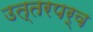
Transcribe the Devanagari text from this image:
उत्तरपर्व